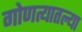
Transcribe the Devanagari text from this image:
गोणत्यातल्या